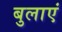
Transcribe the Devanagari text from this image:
बुलाएं